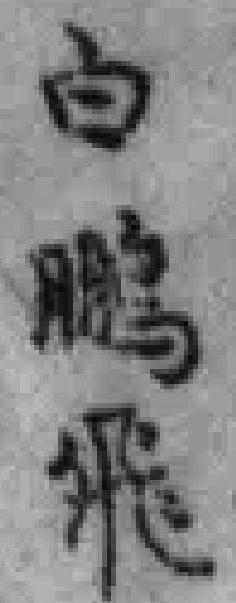
白鹏飛